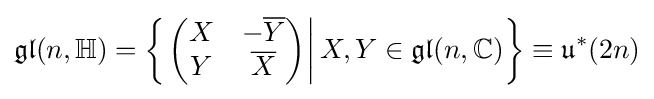
{\mathfrak {gl}}(n,\mathbb {H} )=\left\{\left.\left({\begin{matrix}X&-{\overline {Y}}\\Y&{\overline {X}}\end{matrix}}\right)\right|X,Y\in {\mathfrak {gl}}(n,\mathbb {C} )\right\}\equiv {\mathfrak {u}}^{*}(2n)